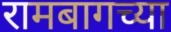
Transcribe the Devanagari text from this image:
रामबागच्या